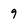
Character: 9